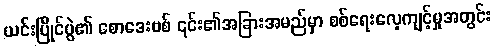
ယင်းပြိုင်ပွဲ၏ စောဒေးဗစ် ၎င်း၏အခြားအမည်မှာ စစ်ရေးလေ့ကျင့်မှုအတွင်း